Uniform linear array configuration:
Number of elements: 8
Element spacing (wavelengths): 0.25
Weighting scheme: binomial
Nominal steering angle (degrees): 30
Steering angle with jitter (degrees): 30.013
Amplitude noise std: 0.05
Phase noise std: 0.05

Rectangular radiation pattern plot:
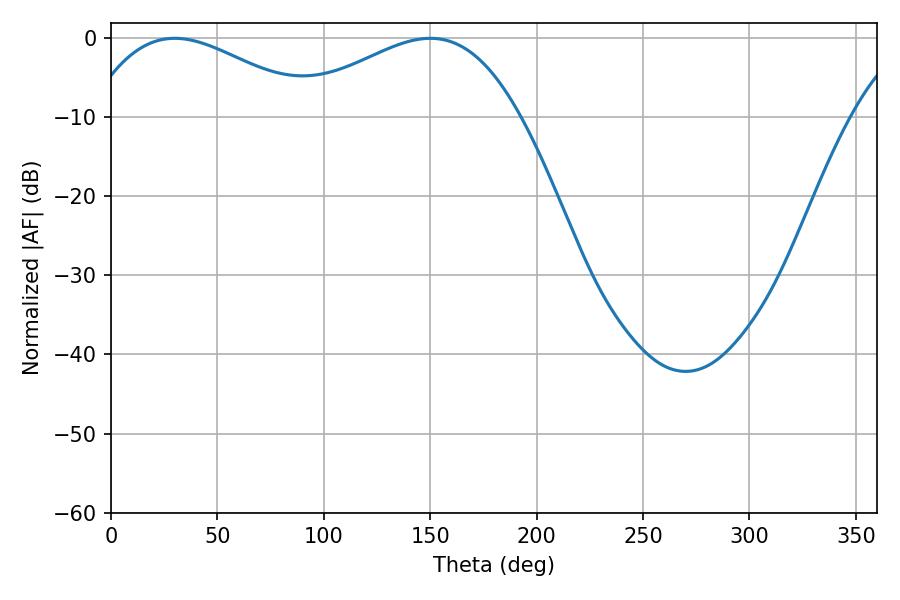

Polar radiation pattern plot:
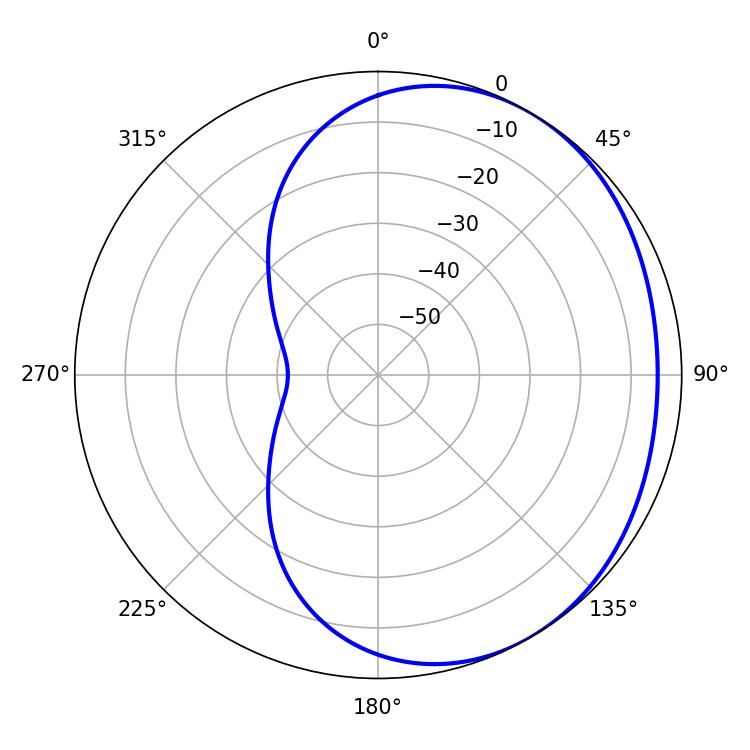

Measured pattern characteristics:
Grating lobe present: FALSE
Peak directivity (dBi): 2.22
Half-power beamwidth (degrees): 58.32
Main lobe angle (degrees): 29.88